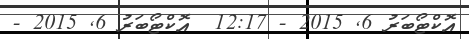
އޮކްޓޯބަރު 6